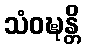
သံဝဍ္ဎန္တိ